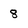
Character: 8